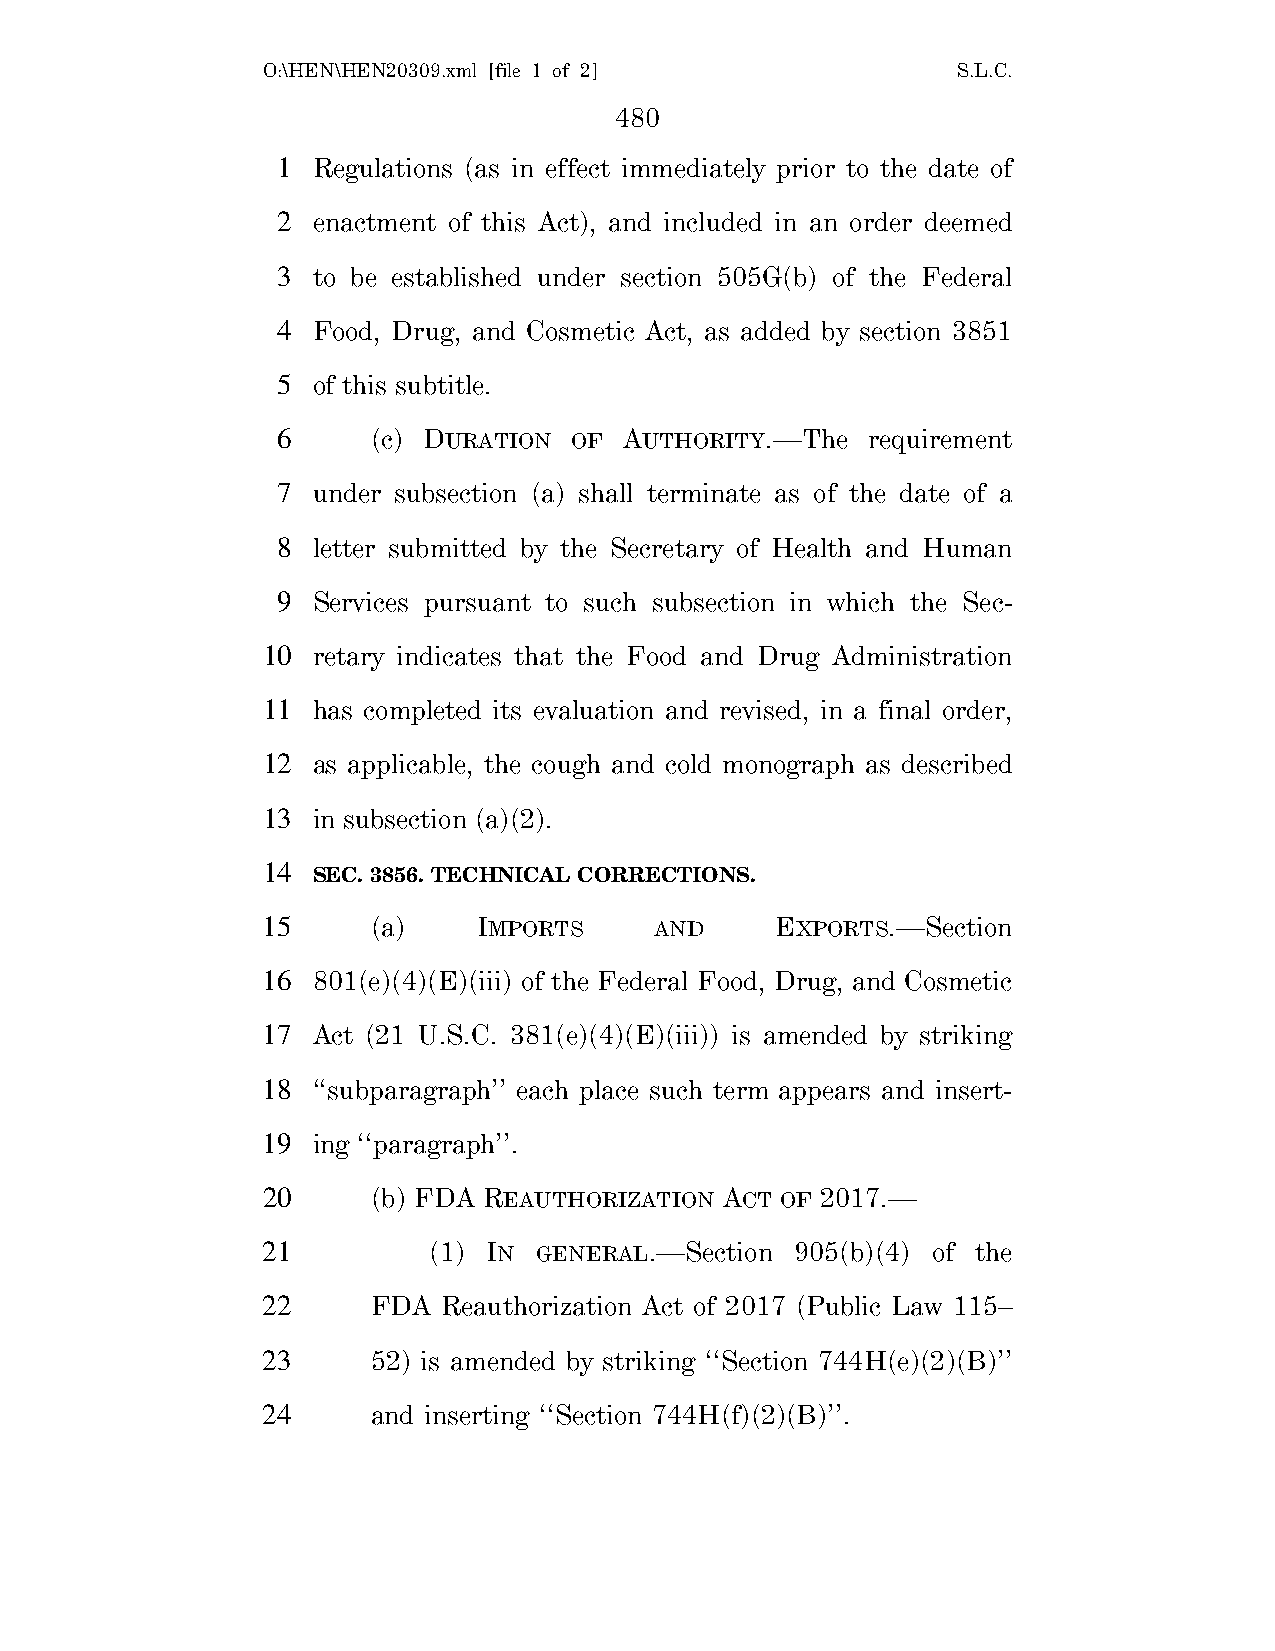
O:\HEN\HEN20309.xml [file 1 of 2]             S.L.C.
 480
 1  Regulations (as in effect immediately prior to the date of
 2  enactment of this Act), and included in an order deemed
 3  to be established under section 505G(b) of the Federal
 4  Food, Drug, and Cosmetic Act, as added by section 3851
 5  of this subtitle.
 6      (c) DURATION OF AUTHORITY.—The  requirement
 7  under subsection (a) shall terminate as of the date of a
 8  letter submitted by the Secretary of Health and Human
 9  Services pursuant to such subsection in which the Sec-
 10  retary indicates that the Food and Drug Administration
 11  has completed its evaluation and revised, in a final order,
 12  as applicable, the cough and cold monograph as described
 13  in subsection (a)(2).
 14
 SEC. 3856. TECHNICAL CORRECTIONS.
 15      (a)    IMPORTS    AND     EXPORTS.—Section
 16  801(e)(4)(E)(iii) of the Federal Food, Drug, and Cosmetic
 17  Act (21 U.S.C. 381(e)(4)(E)(iii)) is amended by striking
 18  ‘‘subparagraph’’ each place such term appears and insert-
 19  ing ‘‘paragraph’’.
 20      (b) FDA REAUTHORIZATION ACT OF 2017.—
 21         (1) IN GENERAL.—Section  905(b)(4) of the
 22      FDA Reauthorization Act of 2017 (Public Law 115–
 23      52) is amended by striking ‘‘Section 744H(e)(2)(B)’’
 24      and inserting ‘‘Section 744H(f)(2)(B)’’.